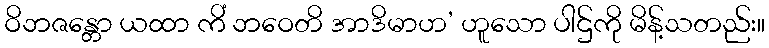
ဝိဘဇန္တော ယထာ ကိံ ဘဝေတိ အာဒိမာဟ’ ဟူသော ပါဌ်ကို မိန့်သတည်း။